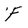
Character: F